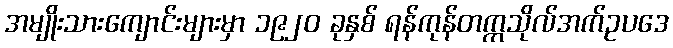
အမျိုးသားကျောင်းများမှာ ၁၉၂၀ ခုနှစ် ရန်ကုန်တက္ကသိုလ်အက်ဥပဒေ